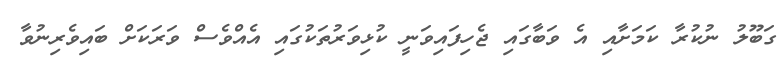
ގަބޫލު ނުކުރާ ކަމަށާއި އެ ވަބާގައި ޖެހިފައިވަނީ ކުޅިވަރުތަކުގައި އެއްވެސް ވަރަކަށް ބައިވެރިނުވާ